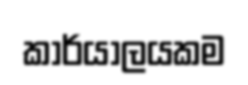
කාර්යාලයකම